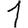
Digit: 1